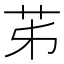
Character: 𦬷